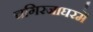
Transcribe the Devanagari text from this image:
चगिरजाघरमें